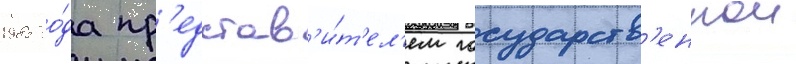
1985 го́да пр'едстав'и́т'ел'ем государств'еннои